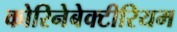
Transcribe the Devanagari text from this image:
कोरिनेबेक्टीरियम